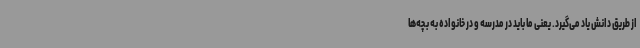
از طریق دانش یاد می‌گیرد. یعنی ما باید در مدرسه و در خانواده به بچه‌ها